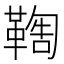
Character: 𩋺